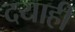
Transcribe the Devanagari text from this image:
दयाही